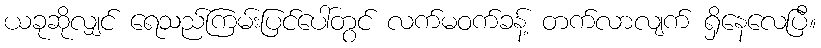
ယခုဆိုလျှင် ရေသည်ကြမ်းပြင်ပေါ်တွင် လက်မဝက်ခန့် တက်လာလျက် ရှိနေလေပြီ။